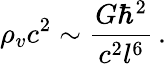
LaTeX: \rho_{v}c^{2}\sim\frac{G\hbar^{2}}{c^{2}l^{6}}\, .